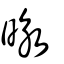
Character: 昹